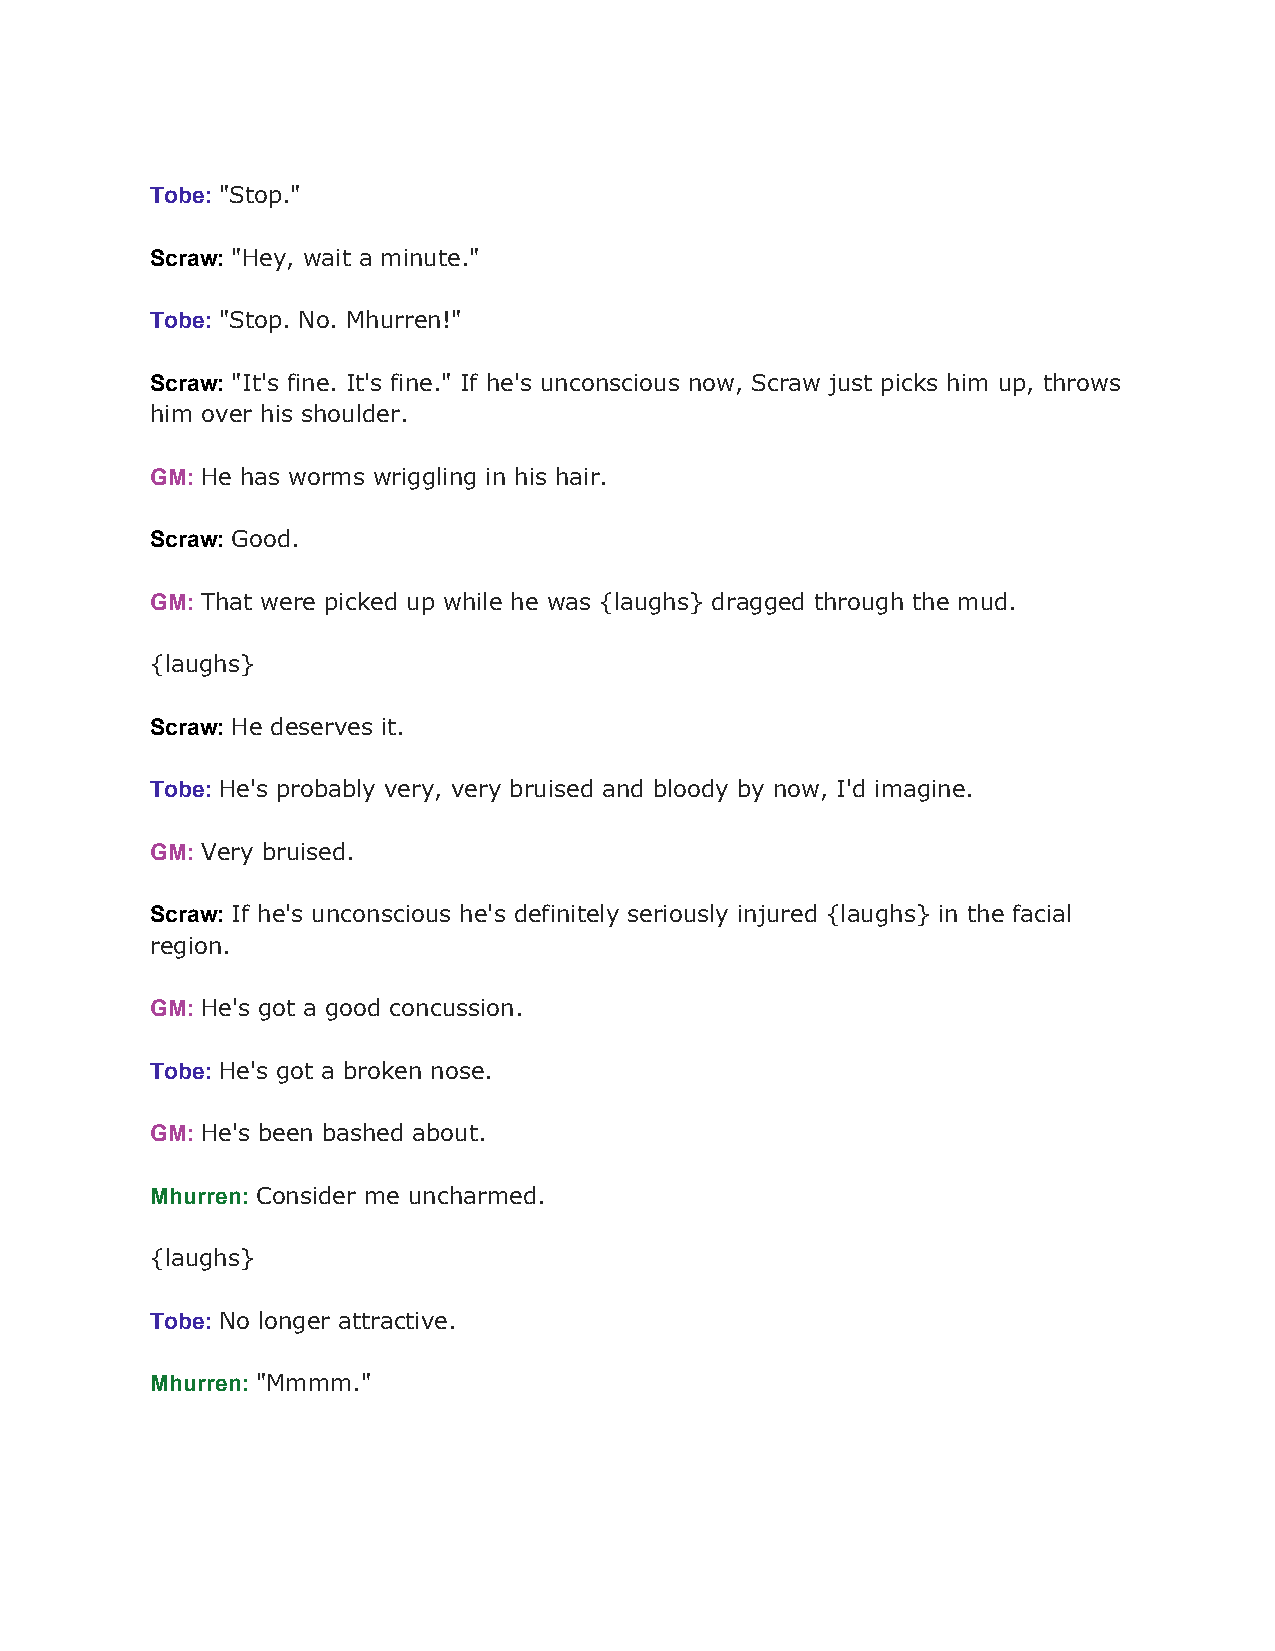
Tobe: "Stop."
 ​
 Scraw: "Hey, wait a minute."
 ​
 Tobe: "Stop. No. Mhurren!"
 ​
 Scraw: "It's fine. It's fine." If he's unconscious now, Scraw just picks him up, throws
 ​
 him over his shoulder.
 GM: He has worms wriggling in his hair.
 ​
 Scraw: Good.
 ​
 GM: That were picked up while he was {laughs} dragged through the mud.
 ​
 {laughs}
 Scraw: He deserves it.
 ​
 Tobe: He's probably very, very bruised and bloody by now, I'd imagine.
 ​
 GM: Very bruised.
 ​
 Scraw: If he's unconscious he's definitely seriously injured {laughs} in the facial
 ​
 region.
 GM: He's got a good concussion.
 ​
 Tobe: He's got a broken nose.
 ​
 GM: He's been bashed about.
 ​
 Mhurren: Consider me uncharmed.
 ​
 {laughs}
 Tobe: No longer attractive.
 ​
 Mhurren: "Mmmm."
 ​